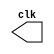
module ClockGen (clk);
    output reg clk;

    initial clk = 0;

    always 
        #50 clk = ~clk;
endmodule